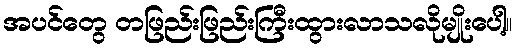
အပင်တွေ တဖြည်းဖြည်းကြီးထွားလာသလိုမျိုးပေါ့။